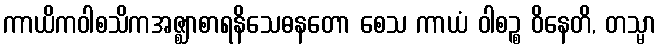
ကာယိကဝါစသိကအဇ္ဈာစာရနိသေဓနတော စေသ ကာယံ ဝါစဉ္စ ဝိနေတိ, တသ္မာ